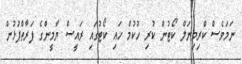
ނަމަވެސް ކްރިމިނަލް ކޯޓުން ކުރި ހުކުމް ހައި ކޯޓުގައި ރައީސް ޔާމީންގެ ފަރާތްޕުޅުން